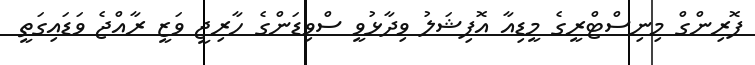
ފޮރިންގް މިނިސްޓްރީގެ މީޑިއާ އޮފިޝަލު ވިދާޅުވީ ސްވިޑަންގެ ހާރިޖީ ވަޒީ ރާއްޖެ ވަޑައިގަތީ